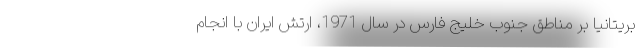
بریتانیا بر مناطق جنوب خلیج فارس در سال 1971، ارتش ایران با انجام